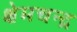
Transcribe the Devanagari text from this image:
क्षेमचन्‍द्र